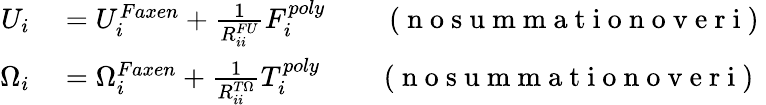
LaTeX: \begin{array}{rl}{U_{i}}&{{}=U_{i}^{Faxen}+\frac{1}{R_{ii}^{FU}}F_{i}^{poly}\qquad\mathrm{~(~n~o~s~u~m~m~a~t~i~o~n~o~v~e~r~i~)~}}\\ {\Omega_{i}}&{{}=\Omega_{i}^{Faxen}+\frac{1}{R_{ii}^{T\Omega}}T_{i}^{poly}\qquad\mathrm{~(~n~o~s~u~m~m~a~t~i~o~n~o~v~e~r~i~)~}}\end{array}